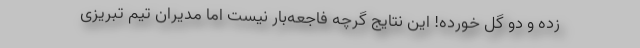
زده و دو گل خورده! این نتایج گرچه فاجعه‌بار نیست اما مدیران تیم تبریزی